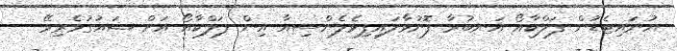
ޔުނައިޓެޑުން ފަލްކާއޯ އަނބުރާ ފޮނުވާލައިފިވެލެންސިއާ އިން ފަލްކާއޯ އަށް ޝައުގުވެރިވޭ